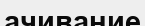
ачивание